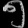
Digit: ၅